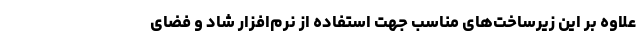
علاوه بر این زیرساخت‌های مناسب جهت استفاده از نرم‌افزار شاد و فضای